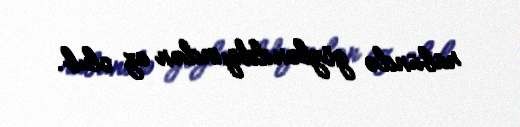
rübündə gözlənildiyindən az olub.